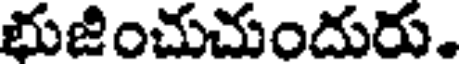
భుజించుచుందురు.